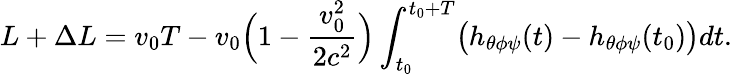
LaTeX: L+\Delta L=v_{0}T-v_{0}\Bigl(1-\frac{v_{0}^{2}}{2c^{2}}\Bigr)\int_{t_{0}}^{t_{0}+T}\bigl(h_{\theta\phi\psi}(t)-h_{\theta\phi\psi}(t_{0})\bigr)dt.